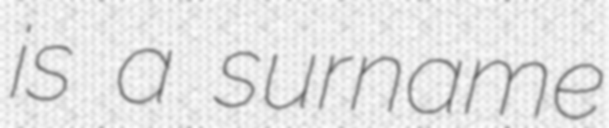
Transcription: is a surname